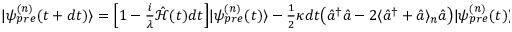
\begin{array} { r } { | \psi _ { p r e } ^ { ( n ) } ( t + d t ) \rangle = \Big [ 1 - \frac { i } { \lambda } \hat { \mathcal { H } } ( t ) d t \Big ] | \psi _ { p r e } ^ { ( n ) } ( t ) \rangle - \frac { 1 } { 2 } \kappa d t \big ( \hat { a } ^ { \dagger } \hat { a } - 2 \langle \hat { a } ^ { \dagger } + \hat { a } \rangle _ { n } \hat { a } \big ) | \psi _ { p r e } ^ { ( n ) } ( t ) \rangle + \sqrt { \kappa } d W _ { n } \hat { a } | \psi _ { p r e } ^ { ( n ) } ( t ) \rangle } \end{array}